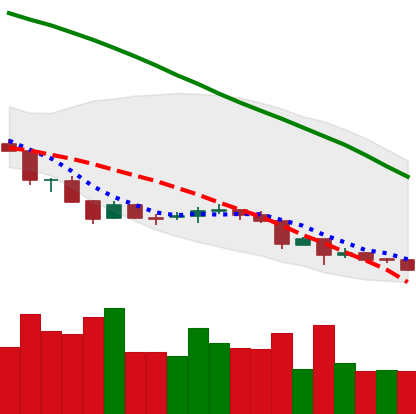
Ticker: NEO-USD
Chart end date: 2018-06-28
Forward return: 27.289%
Label: up_7plus